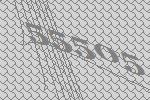
55505